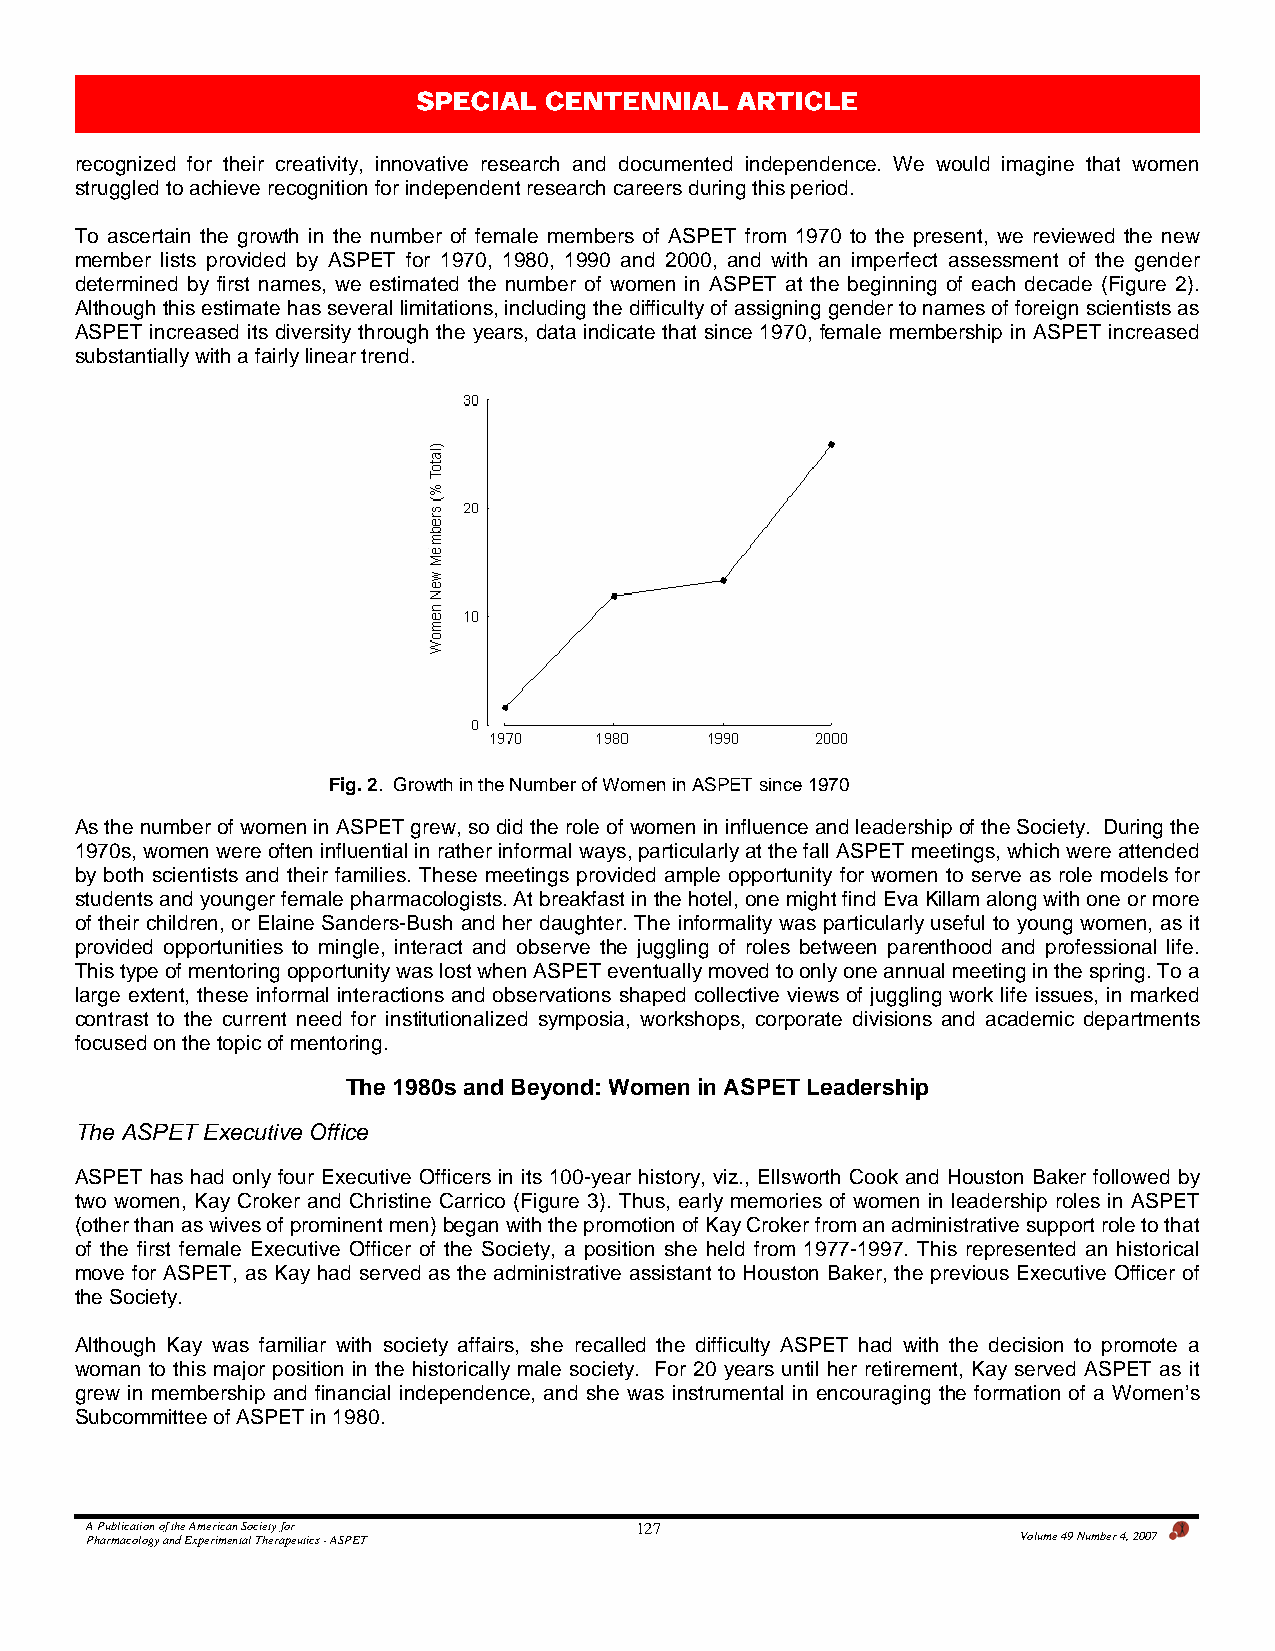
SPECIAL CENTENNIAL   ARTICLE
 recognized for their creativity, innovative research and documented independence. We would imagine that women
 struggled to achieve recognition for independent research careers during this period.
 To ascertain the growth in the number of female members of ASPET from 1970 to the present, we reviewed the new
 member lists provided by ASPET for 1970, 1980, 1990 and 2000, and with an imperfect assessment of the gender
 determined by first names, we estimated the number of women in ASPET at the beginning of each decade (Figure 2).
 Although this estimate has several limitations, including the difficulty of assigning gender to names of foreign scientists as
 ASPET increased its diversity through the years, data indicate that since 1970, female membership in ASPET increased
 substantially with a fairly linear trend.
 Fig. 2. Growth in the Number of Women in ASPET since 1970
 As the number of women in ASPET grew, so did the role of women in influence and leadership of the Society. During the
 1970s, women were often influential in rather informal ways, particularly at the fall ASPET meetings, which were attended
 by both scientists and their families. These meetings provided ample opportunity for women to serve as role models for
 students and younger female pharmacologists. At breakfast in the hotel, one might find Eva Killam along with one or more
 of their children, or Elaine Sanders-Bush and her daughter. The informality was particularly useful to young women, as it
 provided opportunities to mingle, interact and observe the juggling of roles between parenthood and professional life.
 This type of mentoring opportunity was lost when ASPET eventually moved to only one annual meeting in the spring. To a
 large extent, these informal interactions and observations shaped collective views of juggling work life issues, in marked
 contrast to the current need for institutionalized symposia, workshops, corporate divisions and academic departments
 focused on the topic of mentoring.
 The 1980s and Beyond: Women in ASPET Leadership
 The ASPET Executive Office
 ASPET has had only four Executive Officers in its 100-year history, viz., Ellsworth Cook and Houston Baker followed by
 two women, Kay Croker and Christine Carrico (Figure 3). Thus, early memories of women in leadership roles in ASPET
 (other than as wives of prominent men) began with the promotion of Kay Croker from an administrative support role to that
 of the first female Executive Officer of the Society, a position she held from 1977-1997. This represented an historical
 move for ASPET, as Kay had served as the administrative assistant to Houston Baker, the previous Executive Officer of
 the Society.
 Although Kay was familiar with society affairs, she recalled the difficulty ASPET had with the decision to promote a
 woman to this major position in the historically male society. For 20 years until her retirement, Kay served ASPET as it
 grew in membership and financial independence, and she was instrumental in encouraging the formation of a Women’s
 Subcommittee of ASPET in 1980.
 A Publication of the American Society for 127
 Pharmacology and Experimental Therapeutics - ASPET            Volume 49 Number 4, 2007